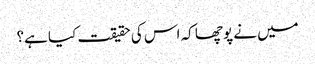
میں نے پوچھا کہ اس کی حقیقت کیا ہے؟